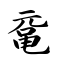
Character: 鼋